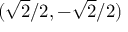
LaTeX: ( { \sqrt { 2 } } / 2 , - { \sqrt { 2 } } / 2 )